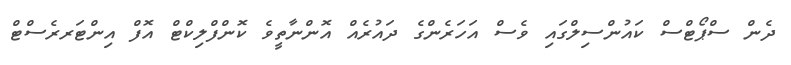
ދެން ސްޕޯޓްސް ކައުންސިލްގައި ވެސް އަހަރެންގެ ދައުރެއް އޮންނާތީވެ ކޮންފްލިކްޓް އޮފް އިންޓަރރެސްޓް